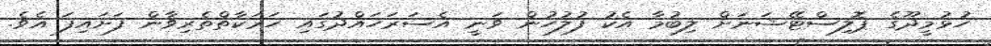
ހުޅުމީދޫގެ ޕޮލިސްޓޭޝަނަށް ލިބުމާ އެކު ފުލުހުން ވަނީ އެސަރަހައްދުގައި ހަރަކާތްތެރިވާން ފަށައިފަ އެވެ.